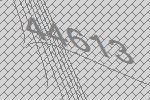
44613